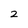
Character: 2